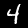
Label: 4